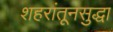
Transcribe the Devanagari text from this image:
शहरांतूनसुद्धा